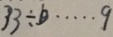
3 3 \div b \cdots 9